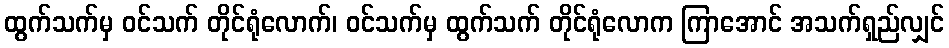
ထွက်သက်မှ ဝင်သက် တိုင်ရုံလောက်၊ ဝင်သက်မှ ထွက်သက် တိုင်ရုံလောက ကြာအောင် အသက်ရှည်လျှင်